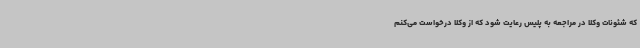
که شئونات وکلا در مراجعه به پلیس رعایت شود که از وکلا درخواست می‌کنم